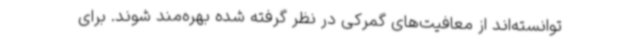
توانسته‌اند از معافیت‌های گمرکی در نظر گرفته شده بهره‌مند شوند. برای